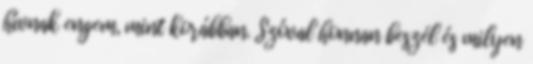
hívnak engem, mint korábban. Szóval honnan beszél és milyen